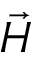
\Vec { H }